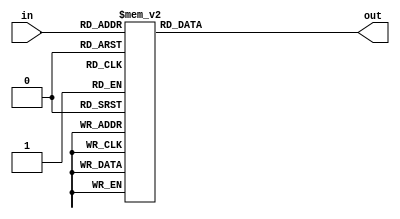
module ra7(in,out);
input [3:0] in;
output reg [0:6] out;
always @(in) begin
			case(in)
			0: out = 7'b0000001;
			1: out = 7'b1001111;
			2: out = 7'b0010010;
			3: out = 7'b0000110;
			4: out = 7'b1001100;
			5: out = 7'b0100100;
			6: out = 7'b0100000;
			7: out = 7'b0001111;
			8: out = 7'b0000000;
			9: out = 7'b0000100;
			default: out=0;
			endcase
end
endmodule